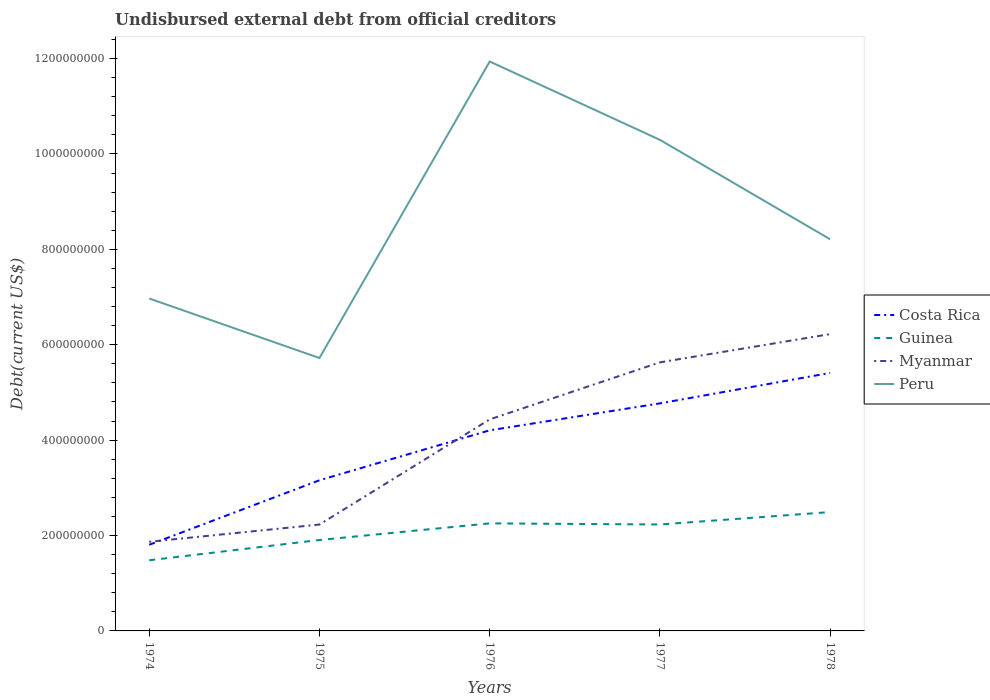
| Years | Costa Rica | Guinea | Myanmar | Peru |
 | --- | --- | --- | --- | --- |
 | 1974 | 1.81e+08 | 1.48e+08 | 1.87e+08 | 6.97e+08 |
 | 1975 | 3.16e+08 | 1.91e+08 | 2.23e+08 | 5.72e+08 |
 | 1976 | 4.21e+08 | 2.25e+08 | 4.43e+08 | 1.19e+09 |
 | 1977 | 4.77e+08 | 2.23e+08 | 5.63e+08 | 1.03e+09 |
 | 1978 | 5.41e+08 | 2.49e+08 | 6.22e+08 | 8.21e+08 |